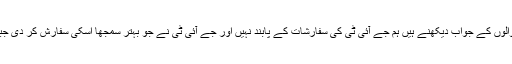
جسٹس عظمت سعید نے ریمارکس دیئے کہ عدالت کو اپنے مرتب سوالوں کے جواب دیکھنے ہیں ہم جے آئی ٹی کی سفارشات کے پابند نہیں اور جے آئی ٹی نے جو بہتر سمجھا اسکی سفارش کر دی جبکہ سفارش پر عمل کرنا ہے یا نہیں اس کا فیصلہ عدالت کو کرنا ہے۔